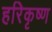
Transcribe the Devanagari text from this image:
हरिकृष्‍ण